Bréfritari: Ásgeir Tryggvi Friðgeirsson
Viðtakandi: Einar Friðgeirsson
Dagsetning: A-1881-02-27
Skrifað á: Garði  S-Þing.
Ásgeir er bróðir Einars

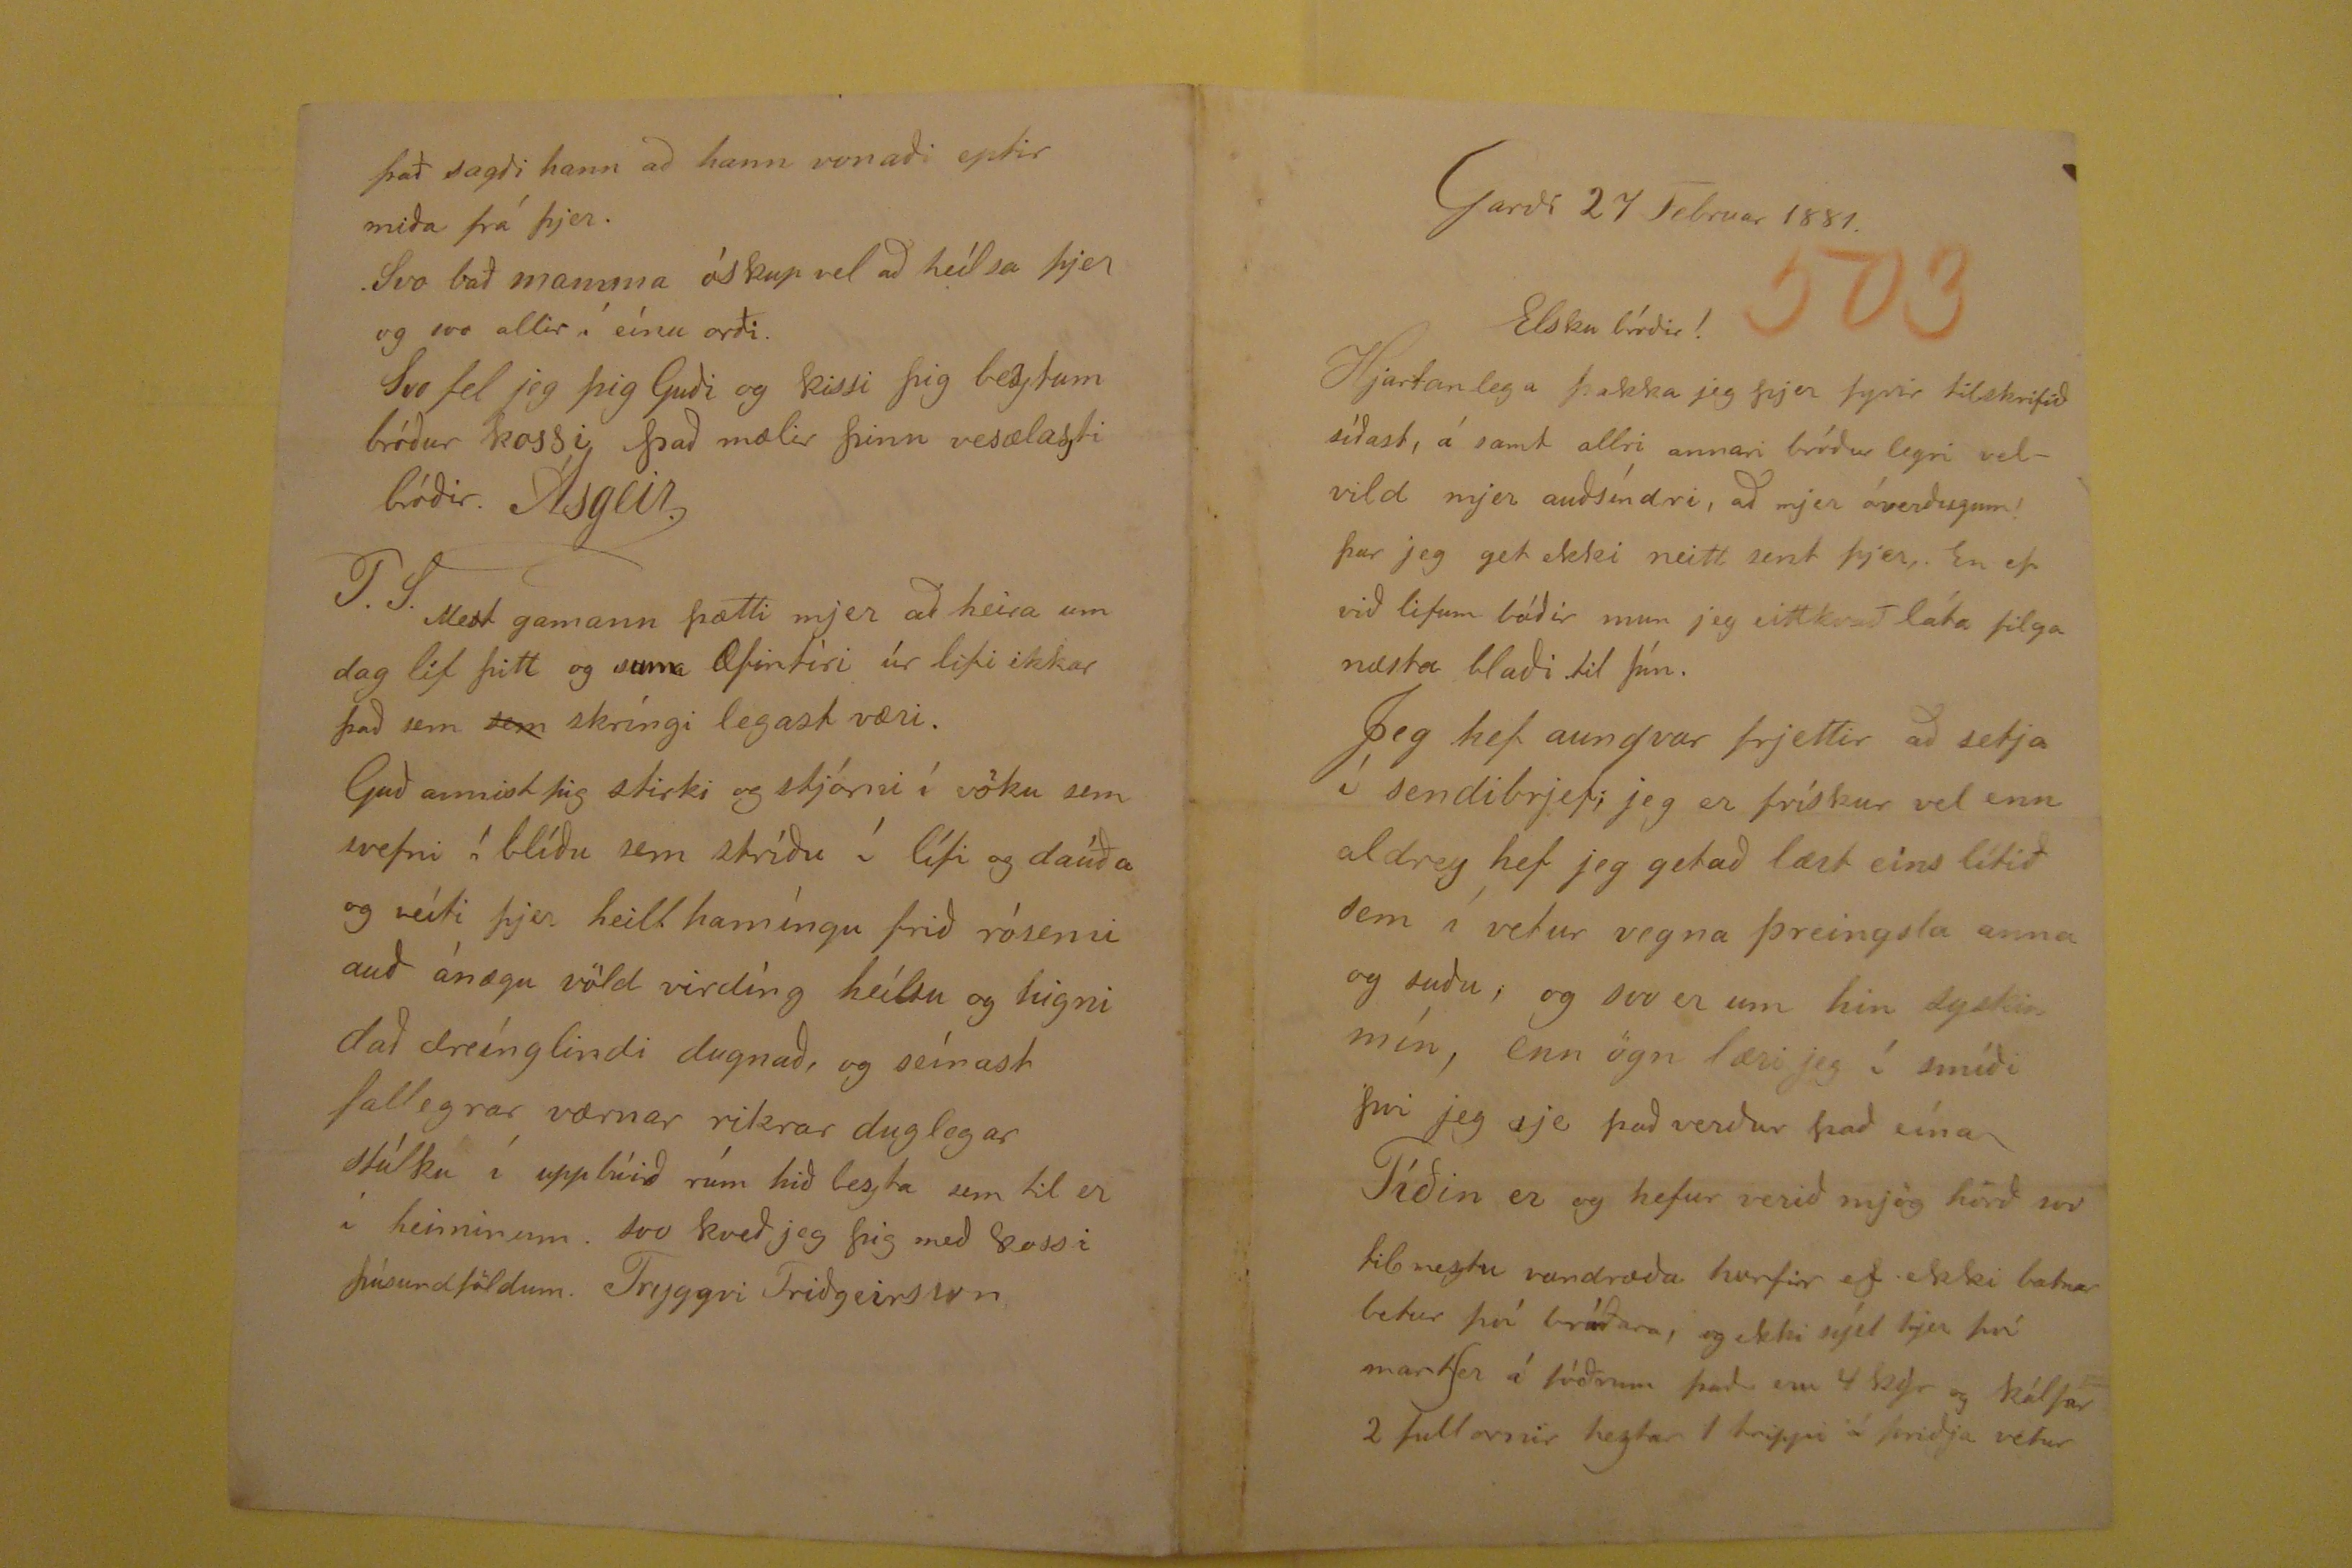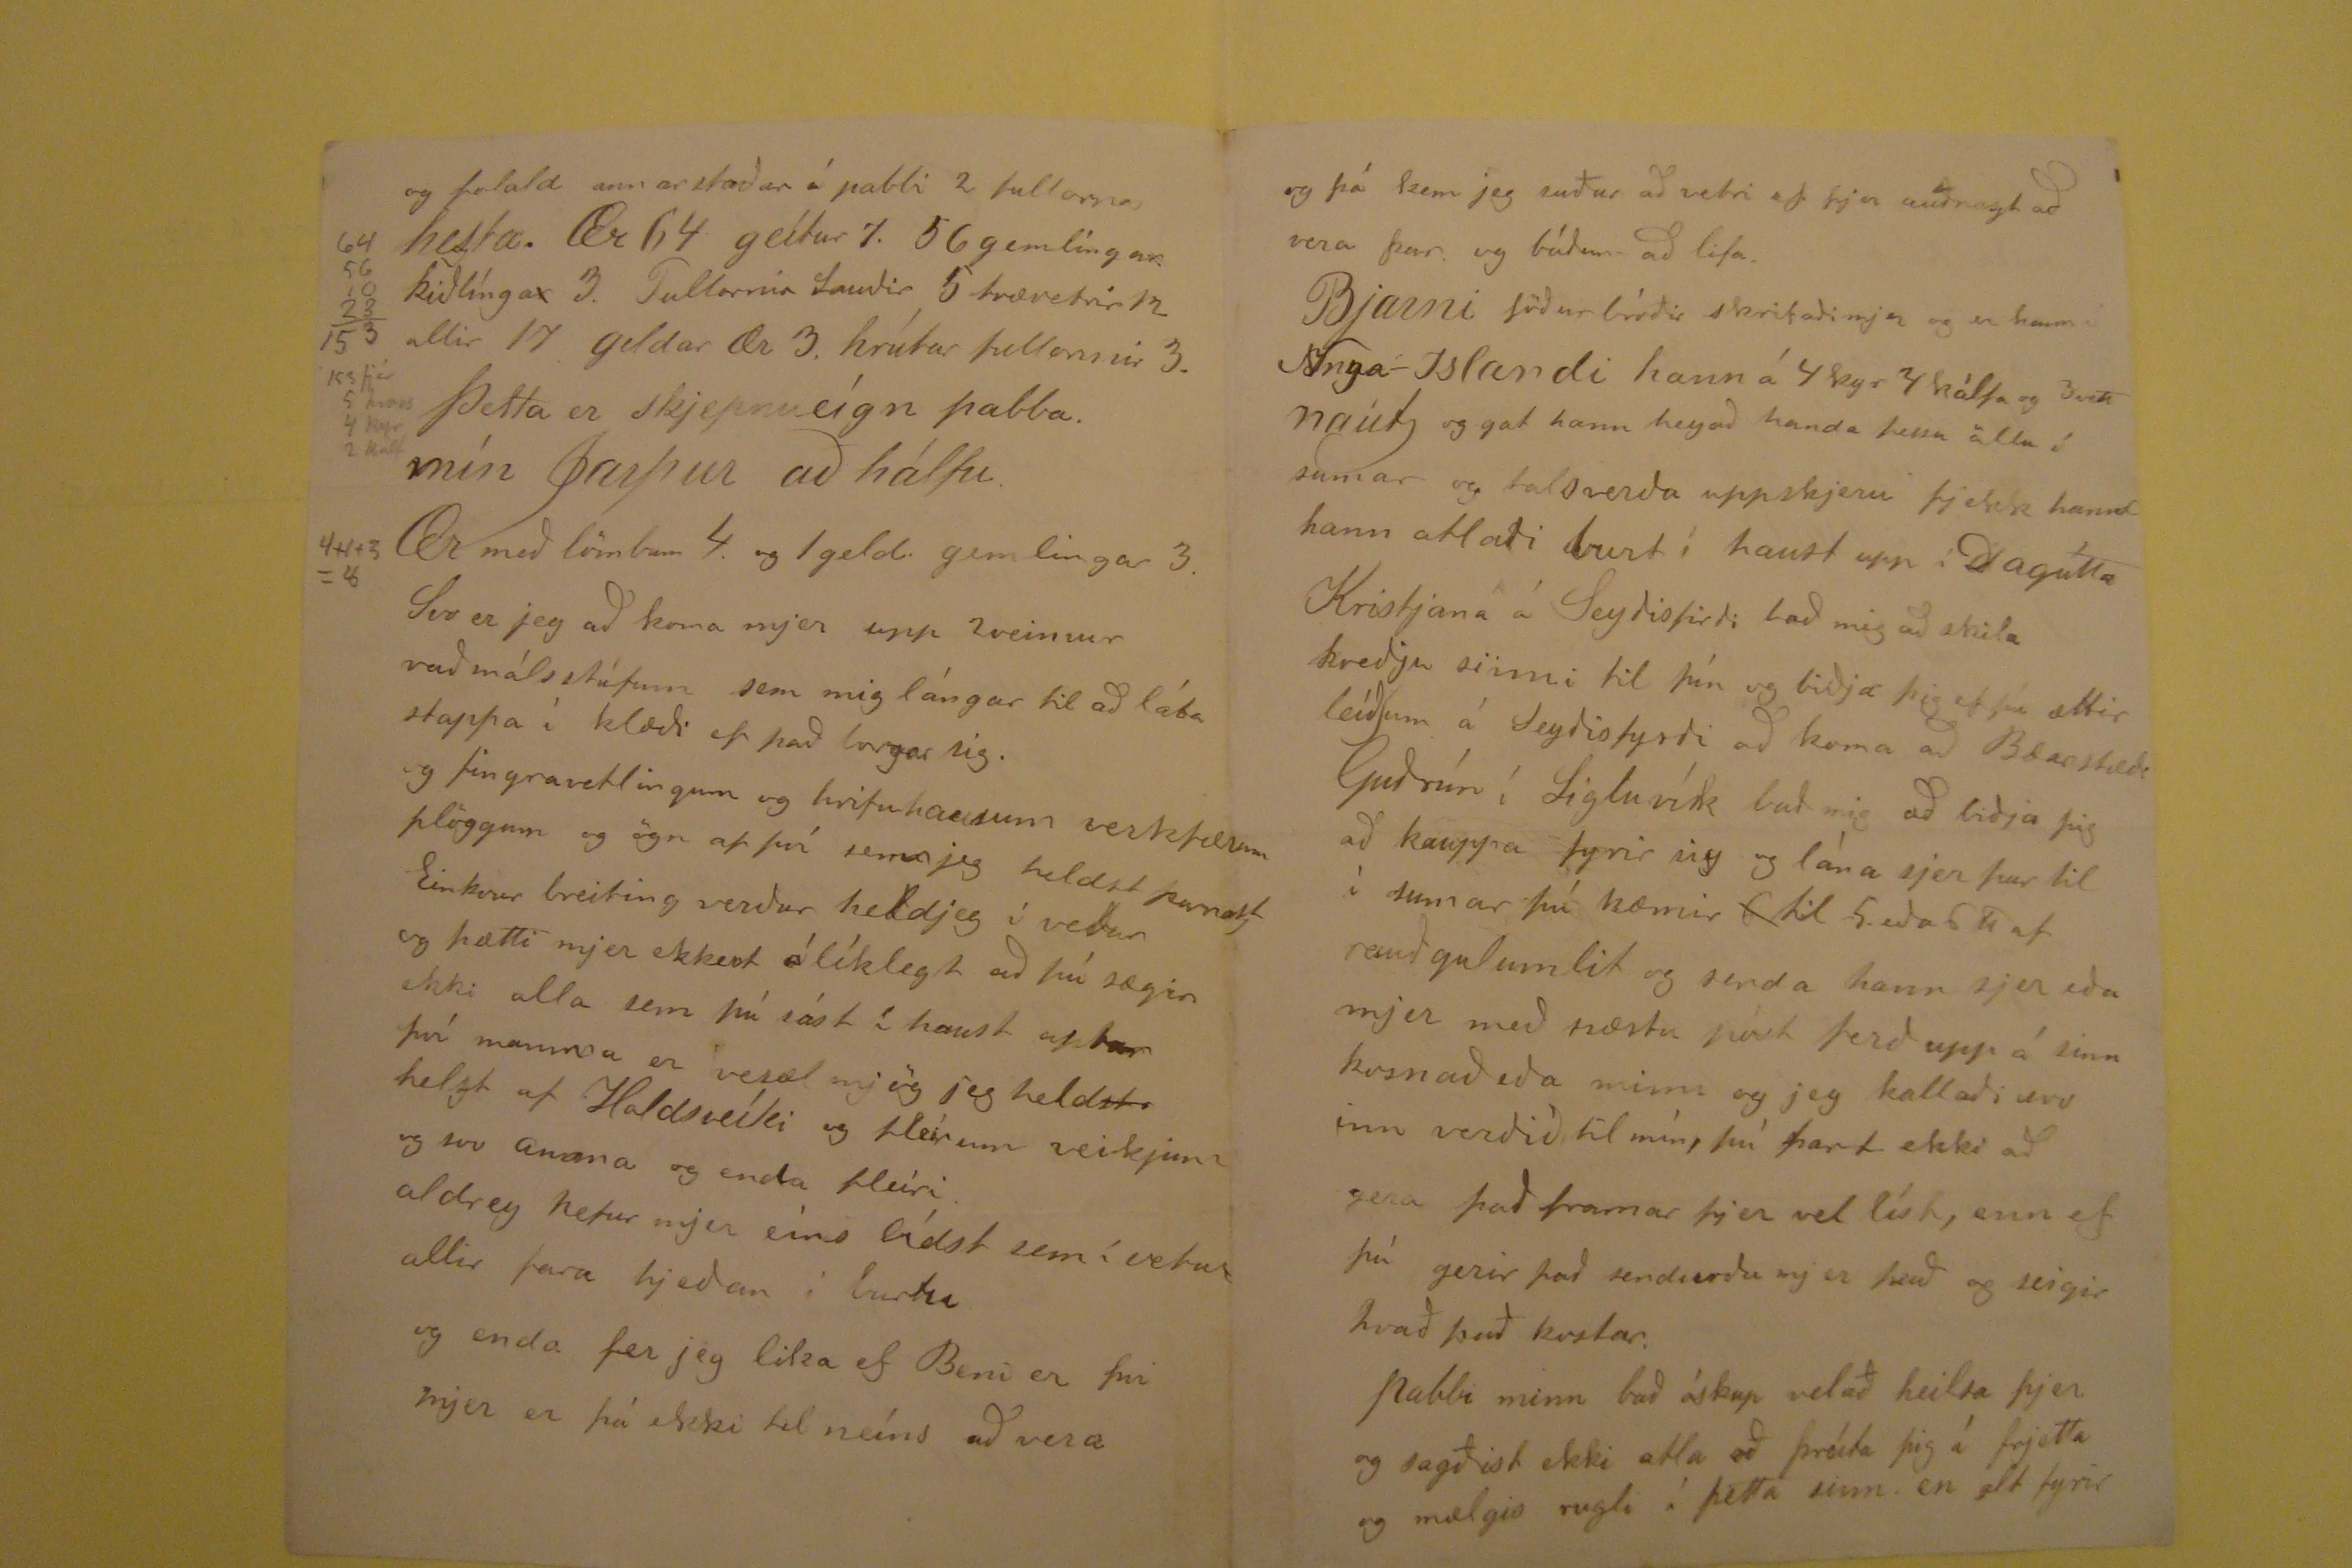

Garði 27 Februar 1881
Elsku bróðir!
Hjartanlehga þakka jeg þjer fyrir tilskrifið síðast, á samt allri annari bróður legri velvild mjer auðsíndri, að mjer óverðugum! Þar jeg get ekki neitt sent þjer,. En ef
við lifum báðir mun jeg eittkvað láta filga næsta blaði .til þín. Jeg hef aungvar frjettir að setlja í sendibrjef; jeg er frískur vel enn aldrey hef jeg getað lært eins lítið
sem í vetur vegna þreingsla anna og suðu, og svo er um hin syskin mín, enn ögn læri jeg í smíði þvi jeg sje það verður það eína Tíðin er og hefur verið mjög hörð
svo til meztu vandræða horfir ef ekki batnar betur því bráðara, og ekki sýst hjer því mart|er á fóðrum það eru 4 kýr og kálfar 2 fullorðnir heztar 1 trippi á þriðja vetur
og folald annarstaðar á pabbi 2 fullorna hezta. Ær 64 geítur 7. 56 gemlíngar. kiðlínga
r
3. Fullornir Sauðir 5 trævetrir
12 allir 17 geldar ær 3. hrútar fullornir 3. Þetta er skjepnueígn pabba mín Jarpur að hálfu.
64
56
10
rend="underlined">28
153
153 fjár 5 hross 4 kyr 2 kalf
Ær með lömbum 4. og 1 geld. gemlingar 3.
place="leftmargin">4+1+3=8
Svo er ejg að koma mjer upp 2veimur vaðmálsstúfum sem mig lángar til að láta stappa í klæði ef það borgar sig. og fingravetlingum
og hrífuhausum verkfiærum plöggum og ögn af því sem jeg heldst þarnast Einkvur breiting verður heldjeg í vetur og þætti mjer ekkert ó líklegt að þú sægir ekki alla
sem þú sást í haust aptur því mamma er vesæl mjög jeg held
st
helzt af Holdsveíki og fleirum veikjum og svo anara og
enda fleiri. aldrey hefur mjer eins
lídst
sem í vetur allir fara hjeðan í burtu og enda fer jeg lika ef Beni er þvi mjer er þá ekki til neíns að vera
og þá kem jeg suður að vetri ef þjer auðnazt að vera þar og báðum að lifa. Bjarni föðurbróðir skrifaði mjer og er hann á Nnya-Islandi hann á 4 kyr 4 kálfa og 3vik
naut, og gat hann heyað handa þessu öllu í sumar og talsverða uppskjeru fjekk hann hann atlaði burt í haust upp í Dagútta Kristjana á Seyðisfirði bað mig að skila kveðju
sinni til þín og biðja þig ef þú ættir leíð|um á Seyðisfyrði að koma að Bæarstæði Guðrún í Sigluvík bað mig að biðja þig að kauppa fyrir sig og lána sjer þar til í sumar
þú kæmir
6
til 5 eða 6
#
af rauðgulum lit og senda hann sjer eða mjer með næsta póst ferð upp
á sinn kosnað eða minn og jeg kallaði svo inn verðið, til mín, þú þart ekki að gera það framar þjer vel líst, enn ef þú gerir það sendurðu mjer það og seigir hvað það
kostar. Pabbi minn bað óskup velað heilsa þjer og sagðist ekki atla að þreíta þig á frjetta og mælgis rugli í þetta sinn. en alt fyrir
það sagði hann að hann vonaði eptir miða frá þjer. Svo bað mamma óskup vel að heílsa þjer og svo allir í eínu orði. Svo fel jeg þig Guði og kissi þig beztum
bróður kossi Það mælir þinn vesælasti bróðir. Ásgeir.
P.S. Mest gamann þætti mjer að heira um dag líf þitt og sum Æfintíri úr lifi ikkar það sem
sem
skríngi elgast væri.
Guð annist þig stirki og stjórni í vöku sem svefni í blíðu sem stríðu í lífi og daúða og veíti þjer heilt hamíngu frið rósemi auð ánægu völd virdíng heílsu og higni
dað dreínglindi dugnað, og seínast fallegrar værnar rikrar duglegar stúlku í uppbúið rúm hið bezta sem til er í heiminum. svo kveð jeg þig með kossi þúsundföldum.
Tryggvi Friðgiersson